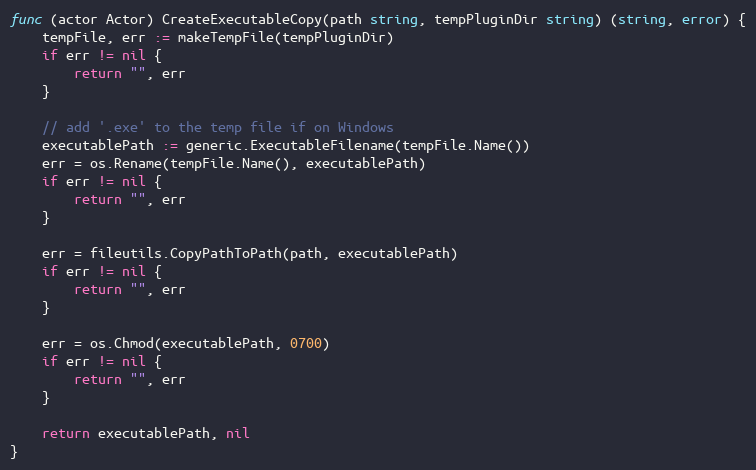
Language: Go
func (actor Actor) CreateExecutableCopy(path string, tempPluginDir string) (string, error) {
	tempFile, err := makeTempFile(tempPluginDir)
	if err != nil {
		return "", err
	}

	// add '.exe' to the temp file if on Windows
	executablePath := generic.ExecutableFilename(tempFile.Name())
	err = os.Rename(tempFile.Name(), executablePath)
	if err != nil {
		return "", err
	}

	err = fileutils.CopyPathToPath(path, executablePath)
	if err != nil {
		return "", err
	}

	err = os.Chmod(executablePath, 0700)
	if err != nil {
		return "", err
	}

	return executablePath, nil
}